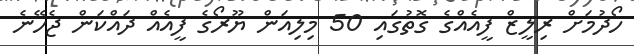
ހޯދުމަށް ރިލީޒް ފީއެއްގެ ގޮތުގައި 50 މިލިއަން ޔޫރޯގެ ފީއެއް ދައްކަން ޖެހޭނެ